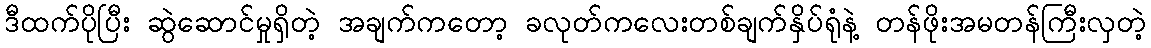
ဒီထက်ပိုပြီး ဆွဲဆောင်မှုရှိတဲ့ အချက်ကတော့ ခလုတ်ကလေးတစ်ချက်နှိပ်ရုံနဲ့ တန်ဖိုးအမတန်ကြီးလှတဲ့